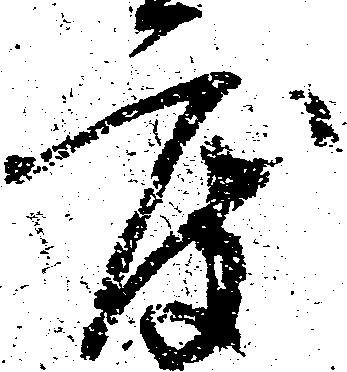
度